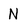
Character: N